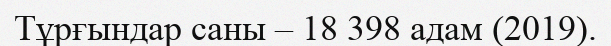
Тұрғындар саны – 18 398 адам (2019).